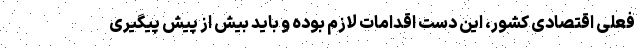
فعلی اقتصادی کشور، این دست اقدامات لازم بوده و باید بیش از پیش پیگیری